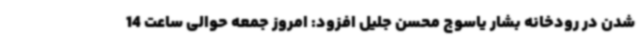
شدن در رودخانه بشار یاسوج محسن جلیل افزود: امروز جمعه حوالی ساعت 14